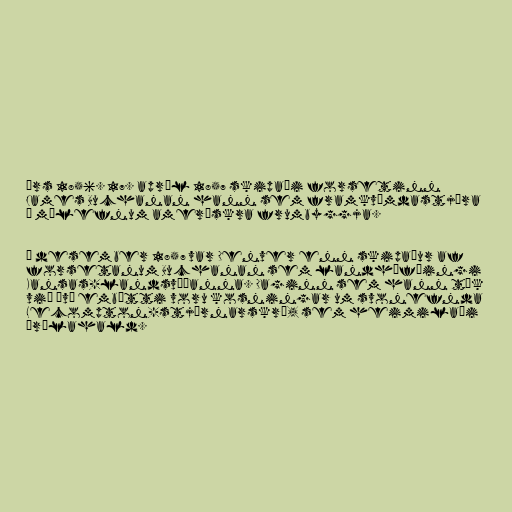
örs 1856. 17. apríl 1857 skipaði forsetinn
James Buchanan hann sem framkvæmdastjóra
í málefnum amerískra frumbyggja.

Í desember 1857 var Denver enn skipaður af
forsetanum Buchanan sem landhöfðingi
Kansas-landsvæðanna. Daginn sem hann tók
við því embætti voru kosningar um svonefnda
Lecompton-stjórnarskrá, sem heimilaði
þrælahald.